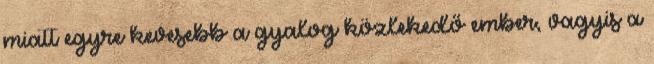
miatt egyre kevesebb a gyalog közlekedő ember, vagyis a